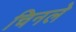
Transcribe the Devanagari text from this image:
चिनले